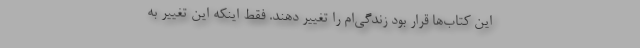
این کتاب‌ها قرار بود زندگی‌ام را تغییر دهند. فقط اینکه این تغییر به